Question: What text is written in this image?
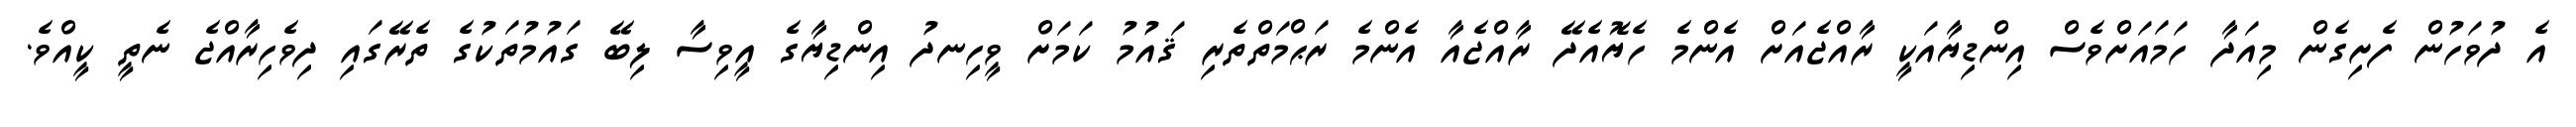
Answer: އެ ދުވަހުން ފެށިގެން މިއަދާ ހަމައަށްވެސް އިންޑިޔާއަކީ ރާއްޖެއަށް އެންމެ ހެޔޮއެދޭ ރާއްޖެއާ އެންމެ ރަޙްމަތްތެރި ޤައުމު ކަމަށް ވީހިނދު އިންޑިޔާގެ އީވިސާ ލިބޭ ގައުމުތަކުގެ ތެރޭގައި ދިވެހިރާއްޖެ ނެތީ ކީއްވެ.